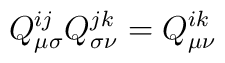
Q^{ij}_{\mu \sigma} Q^{jk}_{\sigma \nu} =Q^{ik}_{\mu \nu}